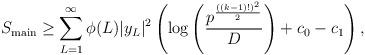
LaTeX: \begin{align*} S_{\mathrm{main}}\geq \sum_{L=1}^{\infty}\phi(L) |y_L|^2 \left(\log \left(\frac{p^{\frac{((k-1)!)^2}{2}}}{D}\right)+c_0-c_1\right),\end{align*}